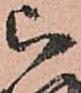
被